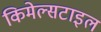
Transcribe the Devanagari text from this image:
किमेल्सटाइल